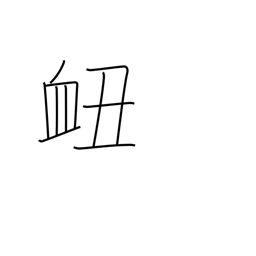
Meaning: nosebleed